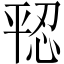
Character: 𪪄